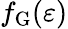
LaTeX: f_{\mathrm{G}}(\varepsilon)